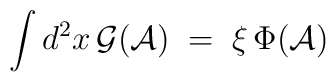
\int d^2x \, {\mathcal G}({\mathcal A}) \;=\; \xi \, \Phi({\mathcal A})